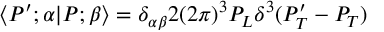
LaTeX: \langle P ^ { \prime } ; \alpha | P ; \beta \rangle = \delta _ { \alpha \beta } 2 ( 2 \pi ) ^ { 3 } P _ { L } \delta ^ { 3 } ( P _ { T } ^ { \prime } - P _ { T } )